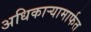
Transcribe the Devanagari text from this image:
अधिकार्‍यामार्फत